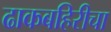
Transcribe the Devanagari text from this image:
ढाकबहिरीचा